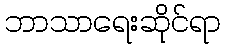
ဘာသာရေးဆိုင်ရာ